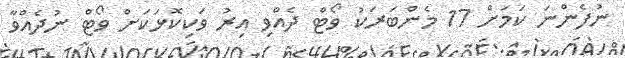
ނުފެންނަ ކަމަށް 17 މެންބަރަކު ވޯޓް ދެއްވި އިރު ވަކިކޮޅަކަށް ވޯޓް ނުދެއްވާ